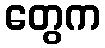
တွေက